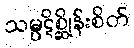
သမ္ပဋိစ္ဆိုန်းစိတ်